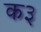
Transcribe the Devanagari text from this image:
क३